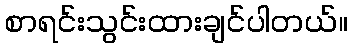
စာရင်းသွင်းထားချင်ပါတယ်။